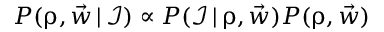
P ( \boldsymbol \uprho , \vec { w } \, | \, \mathcal I ) \propto P ( \mathcal I \, | \, \boldsymbol \uprho , \vec { w } ) P ( \boldsymbol \uprho , \vec { w } )